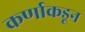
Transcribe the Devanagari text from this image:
कर्णाकडून